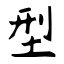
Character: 型